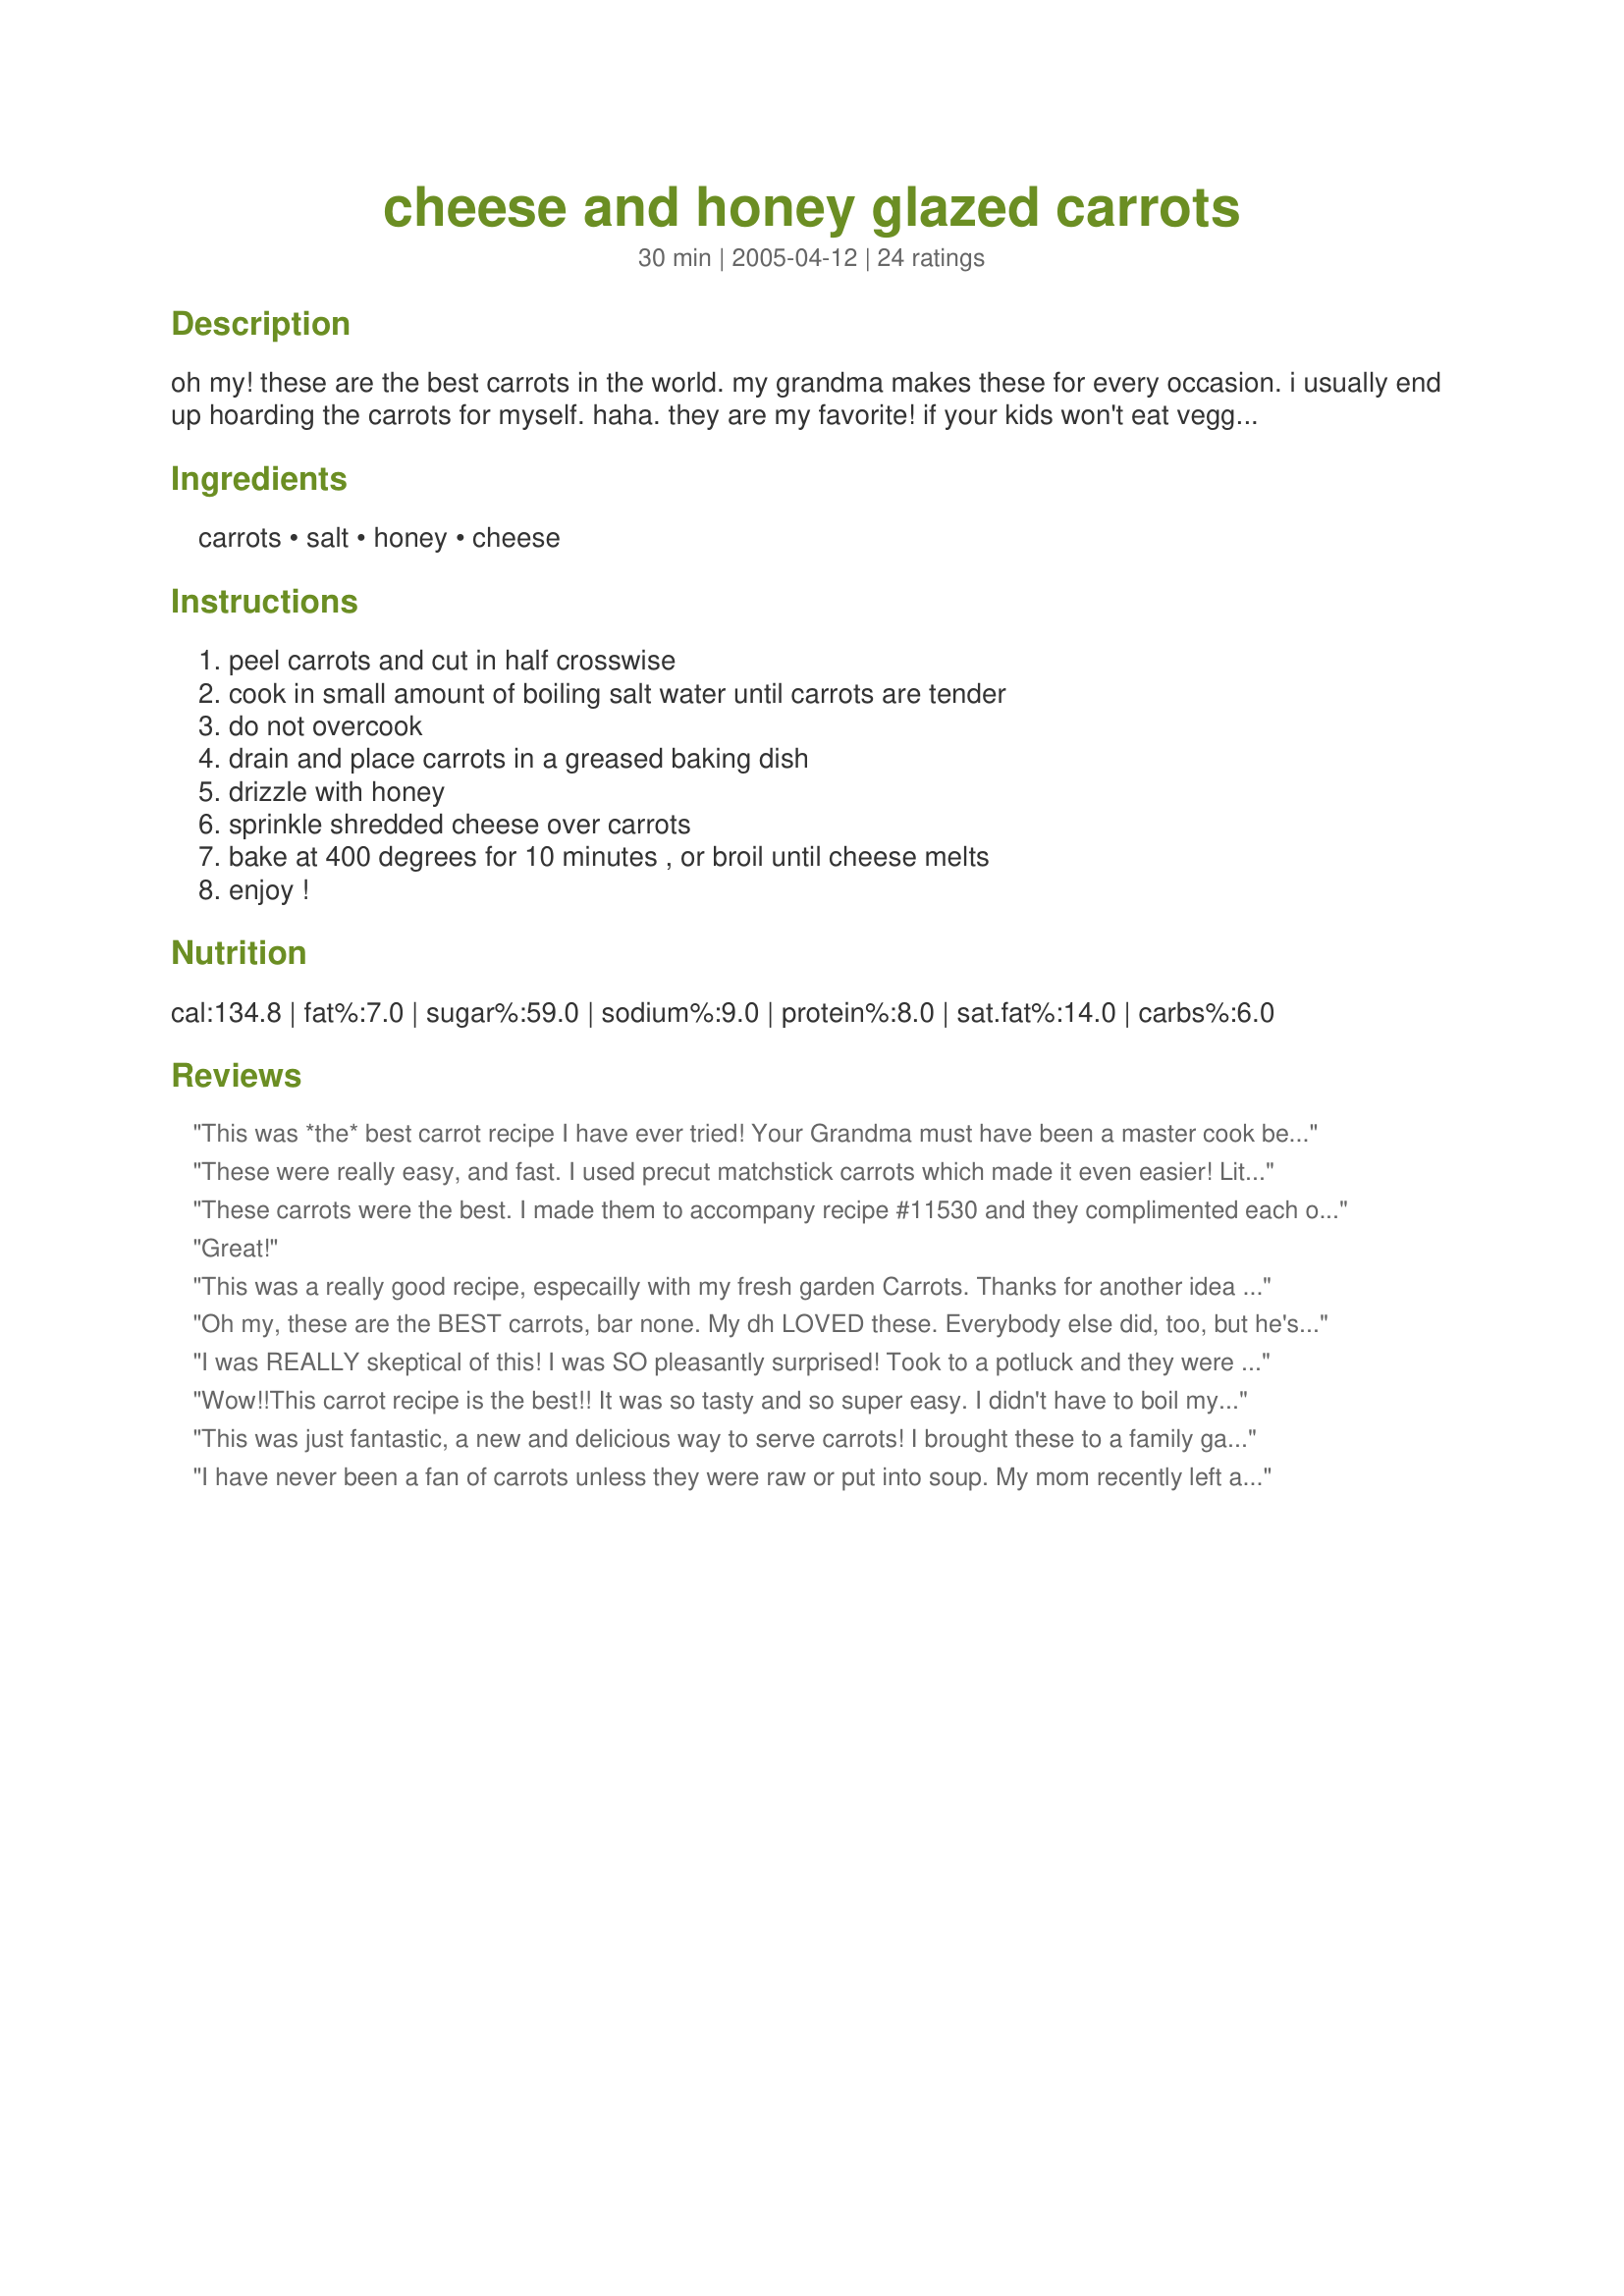
cheese and honey glazed carrots
Preparation time: 30 minutes

oh my! these are the best carrots in the world. my grandma makes these for every occasion. i usually end up hoarding the carrots for myself. haha. they are my favorite! if your kids won't eat veggies, try this dish! i would suggest doubling the recipe, because they are so good! can't get much easier than this!

Ingredients:
carrots, salt, honey, cheese

Steps:
peel carrots and cut in half crosswise, cook in small amount of boiling salt water until carrots are tender, do not overcook, drain and place carrots in a greased baking dish, drizzle with honey, sprinkle shredded cheese over carrots, bake at 400 degrees for 10 minutes , or broil until cheese melts, enjoy !

Reviews:
This was *the* best carrot recipe I have ever tried! Your Grandma must have been a master cook because these were delicious! My whole family, including my parents, raved about them! The cheese is an excellent added touch and the honey adds a nice subtle sweet flavor. I broiled mine and the cheese was melted within 5 minutes. Quick, easy and delicious!
These were really easy, and fast. I used precut matchstick carrots which made it even easier! Little sweet for us, I will cut back on the honey next time. The cheese was a neat twist for us, I would have never thought of it. We are major cheese eaters!!
These carrots were the best. I made them to accompany recipe #11530 and they complimented each other very well. The cheese was an added bonus. I used baby carrots instead, but the outcome was very tasty. I also used a Mexican cheese blend.
Great!
This was a really good recipe, especailly with my fresh garden Carrots. Thanks for another idea on how to use them!
Oh my, these are the BEST carrots, bar none. My dh LOVED these. Everybody else did, too, but he's still talking about them two days later. I will make my carrots like this from now on.
I was REALLY skeptical of this! I was SO pleasantly surprised! Took to a potluck and they were devoured! I didn't add salt and I used cheddar cheese - YUMMMY! That perfect last-minute dish! Thanks! I'll be making this OFTEN!
Wow!!This carrot recipe is the best!! It was so tasty and so super easy. I didn't have to boil my carrots as long. I boiled them for about 10 minutes. My son who is 3 doesn't like carrots but he thought it was very yummy. I will definitely be making this again. I just can't believe how easy it is. Thank you so much Jamie for posting!
This was just fantastic, a new and delicious way to serve carrots! I brought these to a family gathering and had everyone asking me for the recipe. My picky 5 year old ate so many I thought she would burst! Thanks for a winner that I know I will be making again.
I have never been a fan of carrots unless they were raw or put into soup. My mom recently left a bunch of carrots in my fridge after visiting and I went in search of a good recipe. This is the best! As a cheese lover I don't know why I never tried adding cheese to carrots before.
Quite simple, different and very tasty. A definite kid-pleaser, though the adults enjoyed them as well. Thanks, Jamie Lynne (and Grandma) for a yummy recipe!
Awesome! Was a bit bewildered by the generic "cheese" as an ingredient. I went for mild - colbyjack...I was afraid of over-powering the sweet carrots. I love my sweet & savory dishes, but I was a little skeptical about the cheese. YUM! This recipe goes into my cookbook of "staple" recipes.
We don't eat a lot of carrots in our house, my dh isn't that fussed on them but is a good boy and generally eats what's dished up! When he tasted these he said (his words exactly) 'I'm not sure if I should admit to this but I really like these carrots'..yesss!!!
Very simple to make and a nice change, thanks for sharing.
What a wonderful new & different way to liven up carrots. I was very intrigued by the addition of cheese, but it really works in this recipe. Thank you for posting a recipe that is now in my keeper file!
These were not difficult to put together, and the flavor was ok. They were just not for us. I used mozzarella cheese.
The carrots were very good. The cheese and its salted oils balanced the sweetness of the honey. The flavors were more subdued than maple syrup or brown sugar recipes. I liked it.
I can't wait to make these again, my family loved them!! Thanks for such a great recipe.
Sorry to be a wet blanket but we didn't really care for these, even with using my garden carrots. I will keep searching for a carrot recipe I guess.
Love the carrots with the honey. Great taste. Easy to make on the weeknight.
Sorry to break the winning streak, but my cheese didn't melt, and I bought the good stuff (maybe that was my problem)?!
It's me again! I messed up and my review is not with my rating. ANYWAY.... I loved these carrots!! The flavors mixed so well and complimented each other. I will make these quite often. Thank you!
Fantstic recipe for carrots! I will have to triple the recipe next time as I did double it, and it still was not enough, there was not a carrot left LOL! I steamed my carrots then made certain to dry them well with a paper towel, then put them under the broiler to melt the cheese. I can't wait to make these again, my family loved them! Jamie thanks for sharing this easy and delicious carrot recipe!...Kitten:)
A nice change of pace and easy to prepare. The flavors mixed well together. However, I did not need nearly close to the 15 minutes recommended. I'm sure we will have this again and might even play with the cheese to get a different taste.
I am rating these for my toddler, who seemed to love them. Thanks, Jamie Lynne!
